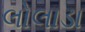
લોલાડા